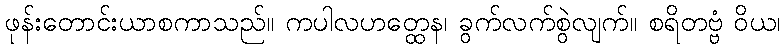
ဖုန်းတောင်းယာစကာသည်။ ကပါလဟတ္ထေန၊ ခွက်လက်စွဲလျက်။ စရိတဗ္ဗံ ဝိယ၊